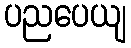
ပညပေယျ